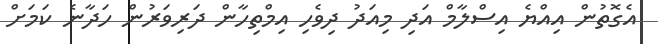
އެގޮތުން އިއްޔެ އިސްލާމް އަދި މިއަދު ދިވެހި އިމްތިހާން ދަރިވަރުން ހަދާނެ ކަމަަށް